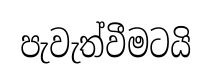
පැවැත්වීමටයි